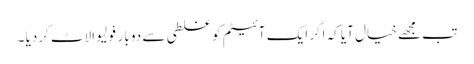
تب مجھے خیال آیا کہ اگر ایک آئیٹم کو غلطی سے دو بار فَولِیو الاٹ کردیا ۔